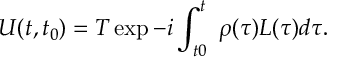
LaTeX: U ( t , t _ { 0 } ) = T \exp - i \int _ { t 0 } ^ { t } \ \rho ( \tau ) L ( \tau ) d \tau .